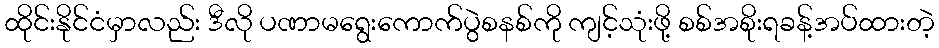
ထိုင်းနိုင်ငံမှာလည်း ဒီလို ပဏာမရွေးကောက်ပွဲစနစ်ကို ကျင့်သုံးဖို့ စစ်အစိုးရခန့်အပ်ထားတဲ့